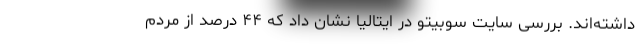
داشته‌اند. بررسی سایت سوبیتو در ایتالیا نشان داد که ۴۴ درصد از مردم